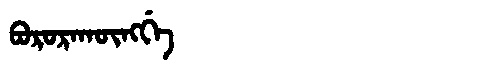
Manchu: ᠪᠣᡵᠣᡵᠠᡴᡡᠩᡤᡝ
Romanization: BORORAKŪNGGE